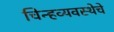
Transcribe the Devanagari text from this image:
चिन्हव्यवस्थेचे